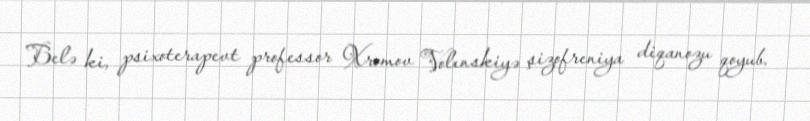
Belə ki, psixoterapevt professor Xromov Volınskiyə şizofreniya diqanozu qoyub.